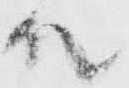
殿